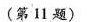
(第1题)